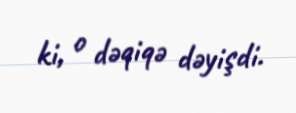
ki, o dəqiqə dəyişdi.